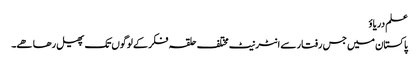
علم دریاؤ
پاکستان میں جس رفتار سے انٹرنیٹ مختلف حلقہ فکر کے لوگوں تک پھیل رھا ھے۔